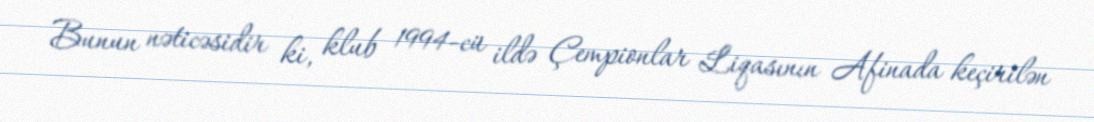
Bunun nəticəsidir ki, klub 1994-cü ildə Çempionlar Liqasının Afinada keçirilən